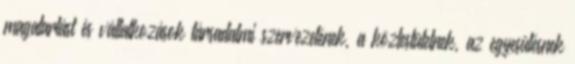
magatartást és vállalkozások társadalmi szervezetének, a köztestületnek, az egyesülésnek